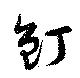
釘